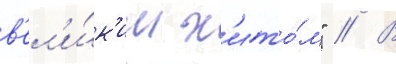
в'ел'и́к'им х'ито́м" // В